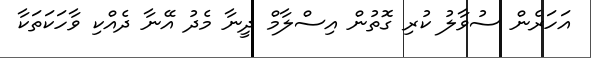
އަހަރެން ސުވާލު ކުރި ގޮތުން އިސްލާމް ދީނާ މެދު އޭނާ ދެއްކި ވާހަކަތަކާ